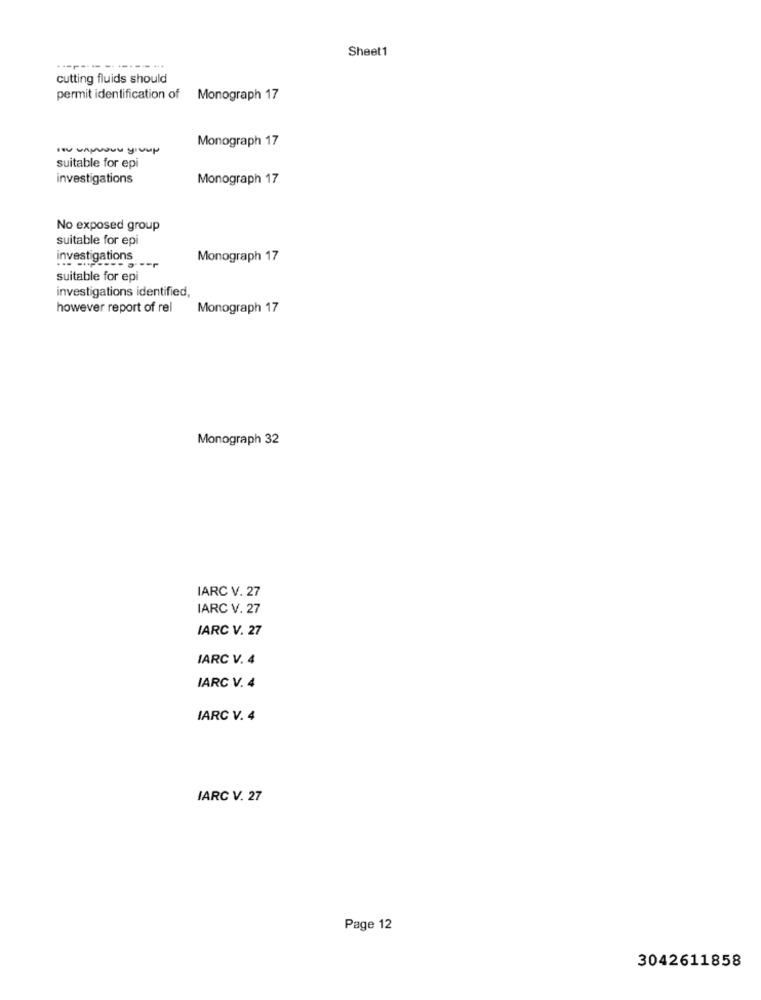
Sheet1
-------------.
cutting fluids should
permit identification of Monograph 17
Monograph 17
suitable for epi
investigations
Monograph 17
No exposed group
suitable for epi
investigations
Monograph 17
suitable for epi
investigations identified,
however report of rel
Monograph 17
Monograph 32
IARC V. 27
IARC V. 27
IARC V. 27
IARC V. 4
IARC V. 4
IARC V. 4
IARC V. 27
Page 12
3042611858